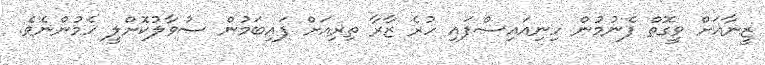
ޒީނާއަށް ވީގޮތް ފެނުމުން ހިނިއައިސްފައި ހުރެ ޒާރާ ތިރިއަށް ފައިބަމުން ސުވާލުކޮށްލީ ހެމުންނެވެ.